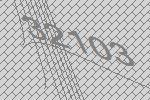
32103